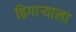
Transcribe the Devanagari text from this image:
ढिगाऱ्याला